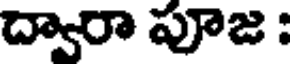
ద్వారా పూజ :